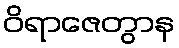
ဝိရာဇေတွာန